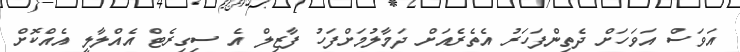
އަވަސް އަވަހަށް ދެތިންފަހަރު އެތެރެއަށް ދަމާލުމަށްފަހު ފާޒިލް އެ ސިގިރެޓް އެއްލާލީ އެއްކޮށް